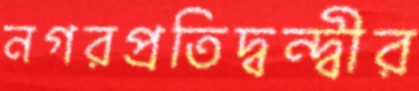
নগরপ্রতিদ্বন্দ্বীর